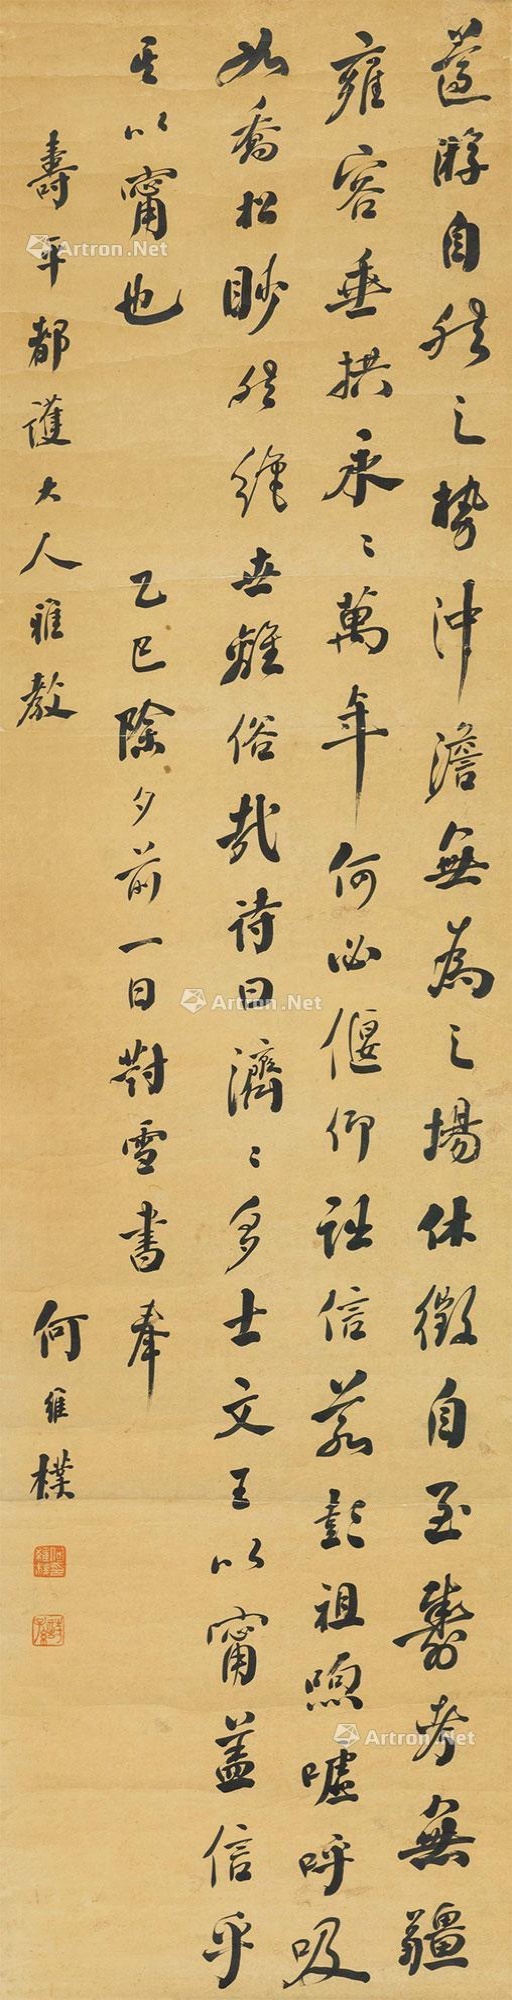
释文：遵游自然之势,冲澹无为之场。休征自至,寿考无疆,雍容垂拱,永永万年。何必偃仰诎信若彭祖,嘘呼吸如乔松，眇然绝世离俗哉！诗曰：济济多士，文王以宁。盖信乎其以宁也！乙巳除夕前一日封雪，书奉寿平都护大人雅教，何维朴。